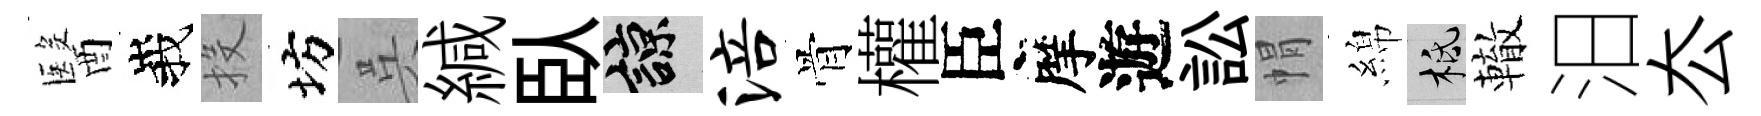
醫峩投坊呉緘臥諒涪骨權臣摩遊訟㡌綿柢轍汨厺